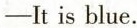
-It is blue.